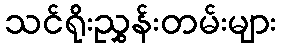
သင်ရိုးညွှန်းတမ်းများ